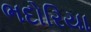
ભદોરિયા